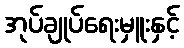
အုပ်ချုပ်ရေးမှူးနှင့်